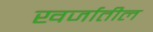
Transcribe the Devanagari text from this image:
खर्जातील